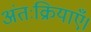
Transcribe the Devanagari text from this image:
अंतःक्रियाएँ।